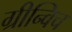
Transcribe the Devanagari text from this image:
ग्रीन्विच